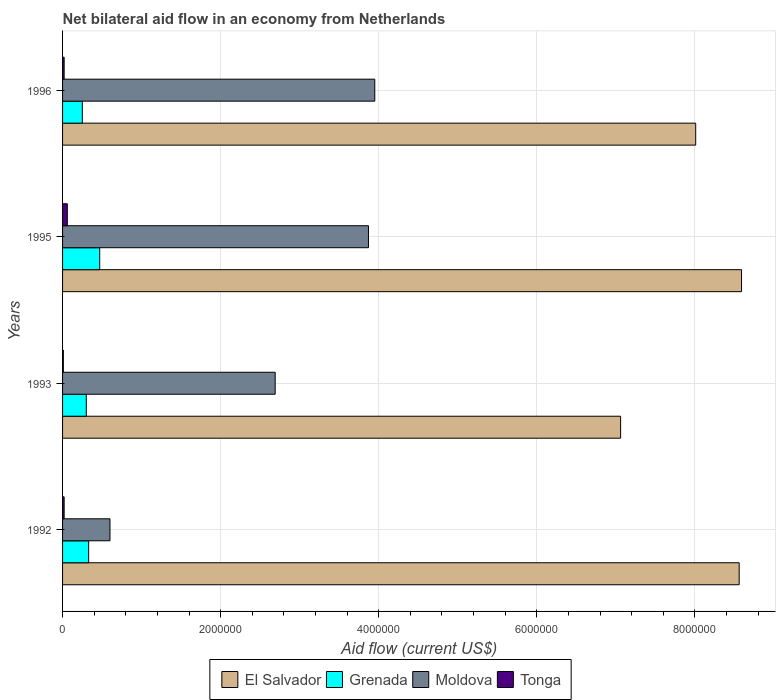
| Years | El Salvador | Grenada | Moldova | Tonga |
 | --- | --- | --- | --- | --- |
 | 1992 | 8.56e+06 | 3.3e+05 | 6e+05 | 2e+04 |
 | 1993 | 7.06e+06 | 3e+05 | 2.69e+06 | 1e+04 |
 | 1995 | 8.59e+06 | 4.7e+05 | 3.87e+06 | 6e+04 |
 | 1996 | 8.01e+06 | 2.5e+05 | 3.95e+06 | 2e+04 |